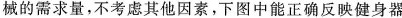
械的需求量，不考虑其他因素，下图中能正确反映健身器